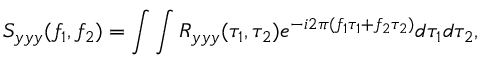
S _ { y y y } ( f _ { 1 } , f _ { 2 } ) = \int \int R _ { y y y } ( \tau _ { 1 } , \tau _ { 2 } ) e ^ { - i 2 \pi ( f _ { 1 } \tau _ { 1 } + f _ { 2 } \tau _ { 2 } ) } d \tau _ { 1 } d \tau _ { 2 } ,